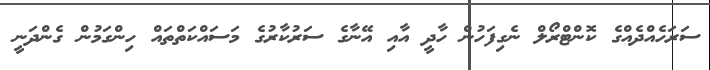
ސަރަހެއްދެއްގެ ކޮންޓްރޯލް ނެގިފަހުން ހާދީ އާއި އޭނާގެ ސަރުކާރުގެ މަސައްކަތްތައް ހިންގަމުން ގެންދަނީ